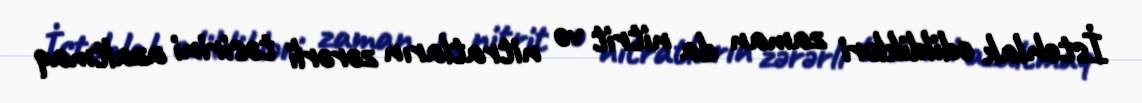
İstehlak edildikləri zaman da nitrit və nitratların zərərli təsirini azaltmaq